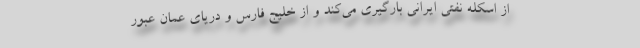
از اسکله نفتی ایرانی بارگیری می‌کند و از خلیج فارس و دریای عمان عبور